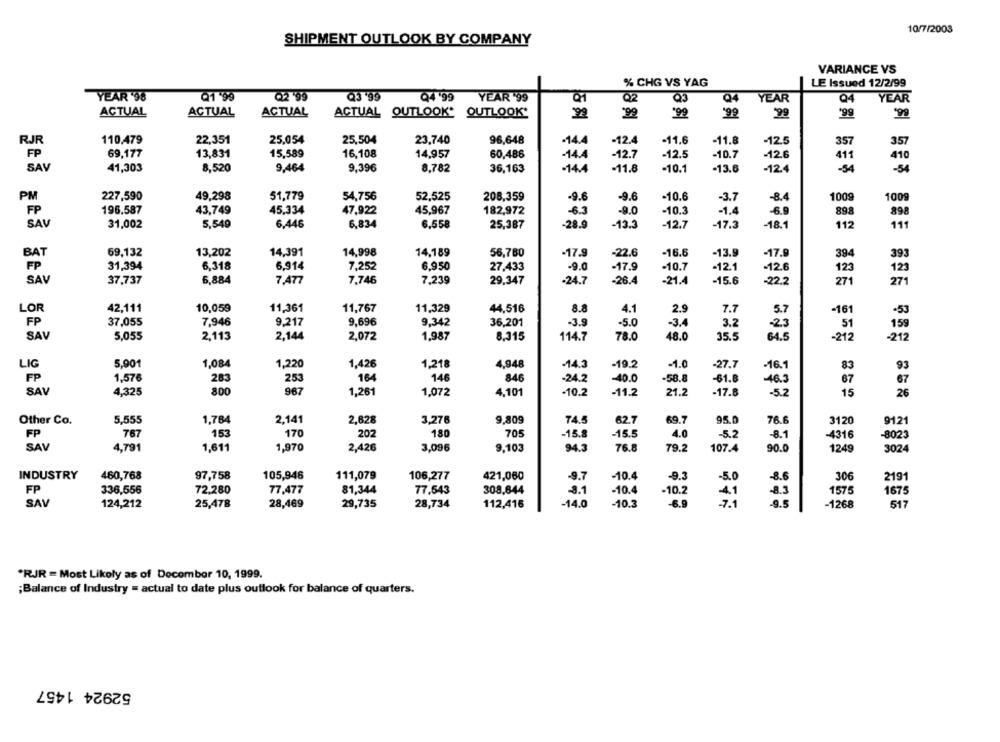
10/7/2003
SHIPMENT OUTLOOK BY COMPANY
VARIANCE VS
% CHG VS YAG
LE Issued 12/2/99
Q2'99
Q3 99
YEAR '98
Q1 99
Q4.99
YEAR '99
Q2
Q3
Q4
YEAR
Q4
YEAR
ACTUAL OUTLOOK* OUTLOOK'
ACTUAL
ACTUAL
ACTUAL
ACTUAL
*99
99
199
110,479
22,351
25,054
25,504
23,740
96,648
-14.4
-12.4
-11.6
-11.8
-12.5
357
357
69,177
13,831
15,589
16,108
14,957
60,486
-14.4
-12.7
-12.5
-10.7
-12.6
411
410
SAV
41,303
8,520
9,464
9,396
8,782
36,163
-14.4
-11.8
-10.1
-13.6
-124
-54
-54
227,590
49,298
51,779
54,756
52,525
208,359
-9.6
-9.6
-10.6
-3.7
-8.4
100g
1009
PM
196.587
43,749
45.334
47.922
45,967
182,972
-6.3
-9.0
-10.3
-1.4
-6.9
898
898
SAV
31,002
5,549
6,446
6,834
6,558
25,387
-28.9
-13.3
-12.7
-17.3
-18.1
112
111
69,132
13,202
14,391
14,998
14,189
56,780
-17.9
-22.6
-16.6
-13.9
-17.9
394
393
BAT
31,394
6,318
6,914
7,252
6.950
27,433
-17.9
-10.7
-12.1
-12.6
FP
9.0
123
123
SAV
37,737
6,884
7,477
7,746
7.239
29,347
-24.7
-26.4
-21.4
-15.6
-22.2
271
271
LOR
42,111
10,059
11,361
11,767
11,329
44,516
8.8
4.1
2.9
7.7
5.7
-161
-53
FP
37,055
7,946
9,217
9,696
9,342
36,201
-3.9
-5.0
-3.4
3.2
-23
51
159
SAV
5,055
2,113
2,144
2,072
1,987
8,315
114.7
78.0
18.0
35.5
64.5
-212
-212
5,901
1,084
1,426
1,218
4,948
-14.3
-19.2
-1.0
-27.7
LIG
1,220
-16.1
83
93
FP
1,576
283
253
164
146
846
-24.2
-40.0
-58.8
-61.8
-46.3
67
67
SAV
4,325
800
967
1,261
1,072
4,101
-10.2
-11.2
21.2
-17.8
-5.2
15
26
Other Co.
5.555
1.764
2,141
2,628
3,276
9.809
74.5
62.7
69.7
95.0
76.6
3120
9121
FP
767
153
170
202
180
705
-15.8
-15.5
4.0
-5.2
-8.1
-4316
-8023
SAV
4,791
1,611
1,970
2,426
3,096
9,103
94.3
76.8
79.2
107.4
90.0
1249
3024
460,768
97,758
-10.4
INDUSTRY
105,946
111,079
106,277
421,060
-9.7
-9.3
-5.0
-8.6
306
2191
336,556
72.280
77,477
81,344
77,543
308,644
-8.1
-10.4
-10.2
1675
FP
4.1
8.3
1575
SAV
124,212
25,478
28,469
29,735
28,734
112,416
-14.0
-10.3
-6.9
-7.1
-9.5
-1268
517
"RJR = Most Likely as of December 10, 1999.
;Balance of Industry = actual to date plus outlook for balance of quarters.
52924 1457